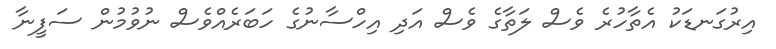
އިރުގަނޑަކު އެތާހުރެ ވެސް ލަތާގެ ވެސް އަދި އިހްސާނުގެ ހަބަރެއްވެސް ނުވުމުން ސަފީނާ